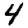
Digit: 4